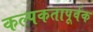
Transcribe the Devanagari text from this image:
कल्पकतापूर्वक